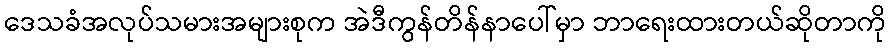
ဒေသခံအလုပ်သမားအများစုက အဲဒီကွန်တိန်နာပေါ်မှာ ဘာရေးထားတယ်ဆိုတာကို